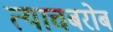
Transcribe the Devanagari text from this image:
त्याचबरोब